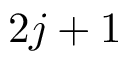
2 j + 1